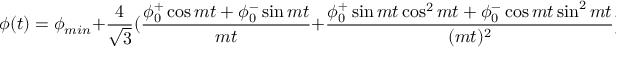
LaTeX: \phi ( t ) = \phi _ { m i n } + \frac { 4 } { \sqrt { 3 } } ( \frac { \phi _ { 0 } ^ { + } \cos { m t } + \phi _ { 0 } ^ { - } \sin { m t } } { m t } + \frac { \phi _ { 0 } ^ { + } \sin { m t } \cos ^ { 2 } { m t } + \phi _ { 0 } ^ { - } \cos { m t } \sin ^ { 2 } { m t } } { ( m t ) ^ { 2 } } ) + O ( ( \frac { H } { m } ) ^ { 3 } )